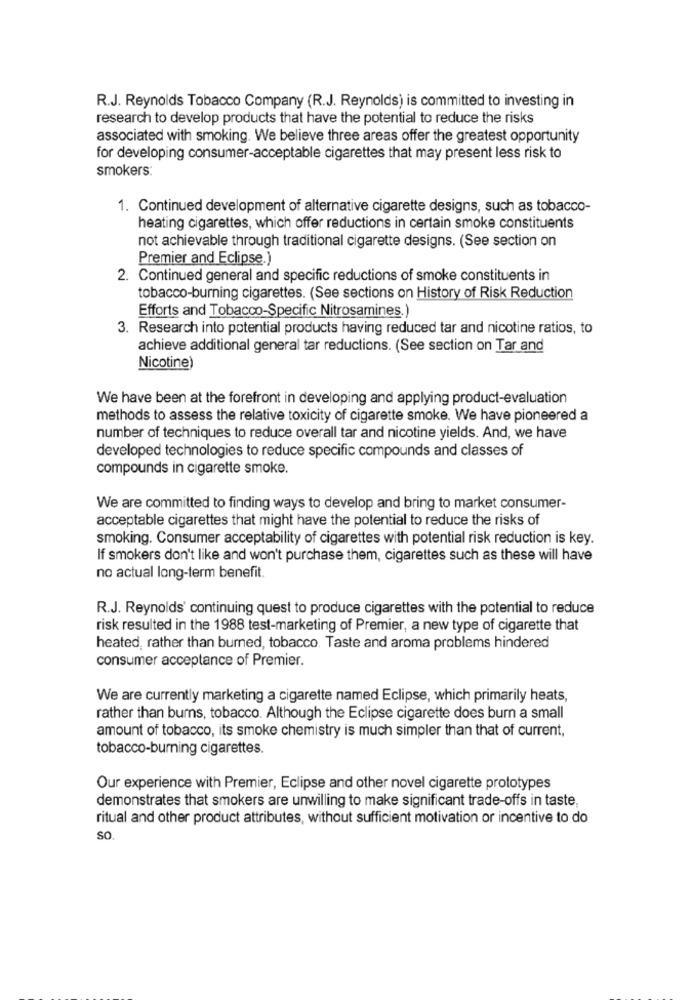
R.J. Reynolds Tobacco Company (R.J. Reynolds) is committed to investing in
research to develop products that have the potential to reduce the risks
associated with smoking. We believe three areas offer the greatest opportunity
for developing consumer-acceptable cigarettes that may present less risk to
smokers:
1. Continued development of alternative cigarette designs, such as tobacco-
heating cigarettes, which offer reductions in certain smoke constituents
not achievable through traditional cigarette designs. (See section on
Premier and Eclipse.)
2. Continued general and specific reductions of smoke constituents in
tobacco-burning cigarettes. (See sections on History of Risk Reduction
Efforts and Tobacco-Specific Nitrosamines.)
3. Research into potential products having reduced tar and nicotine ratios, to
achieve additional general tar reductions. (See section on Tar and
Nicotine)
We have been at the forefront in developing and applying product-evaluation
methods to assess the relative toxicity of cigarette smoke. We have pioneered a
number of techniques to reduce overall tar and nicotine yields. And, we have
developed technologies to reduce specific compounds and classes of
compounds in cigarette smoke.
We are committed to finding ways to develop and bring to market consumer-
acceptable cigarettes that might have the potential to reduce the risks of
smoking. Consumer acceptability of cigarettes with potential risk reduction is key.
If smokers don't like and won't purchase them, cigarettes such as these will have
no actual long-term benefit.
R.J. Reynolds' continuing quest to produce cigarettes with the potential to reduce
risk resulted in the 1988 test-marketing of Premier, a new type of cigarette that
heated, rather than burned, tobacco. Taste and aroma problems hindered
consumer acceptance of Premier.
We are currently marketing a cigarette named Eclipse, which primarily heats,
rather than burns, tobacco. Although the Eclipse cigarette does burn a small
amount of tobacco, its smoke chemistry is much simpler than that of current,
tobacco-burning cigarettes.
Our experience with Premier, Eclipse and other novel cigarette prototypes
demonstrates that smokers are unwilling to make significant trade-offs in taste,
ritual and other product attributes, without sufficient motivation or incentive to do
SO